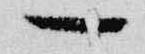
一